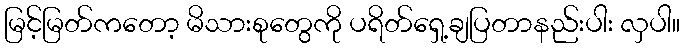
မြင့်မြတ်ကတော့ မိသားစုတွေကို ပရိတ်ရှေ့ချပြတာနည်းပါး လှပါ။